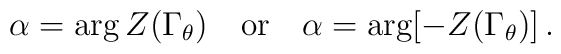
\alpha = \arg Z(\Gamma_\theta) \quad \mbox{or} \quad \alpha = \arg[- Z(\Gamma_\theta)] \, .